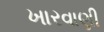
ખારવાણી